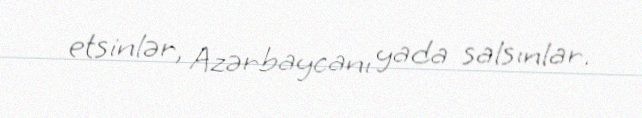
etsinlər, Azərbaycanı yada salsınlar.